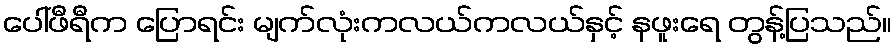
ပေါ်ဖီရီက ပြောရင်း မျက်လုံးကလယ်ကလယ်နှင့် နဖူးရေ တွန့်ပြသည်။